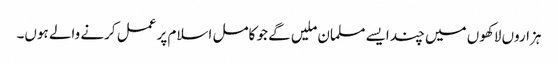
ہزاروں لاکھوں میں چند ایسے مسلمان ملیں گے جو کامل اسلام پر عمل کرنے والے ہوں۔